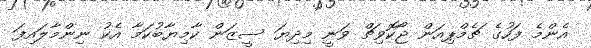
އެންމެ ފަހުގެ ޗެމްޕިއަން ޖޯކޮވިޗް ވަނީ މިދިޔަ ސީޒަން ކާމިޔާބުކަމާ އެކު ނިންމާލައިފަ